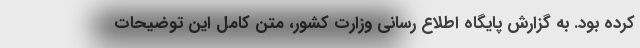
کرده بود. به گزارش پایگاه اطلاع رسانی وزارت کشور، متن کامل این توضیحات